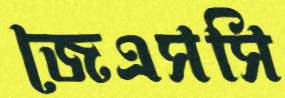
জেএসসি